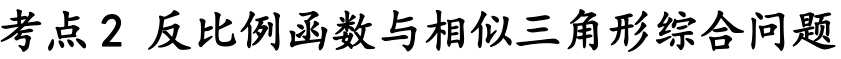
考点2 反比例函数与相似三角形综合问题